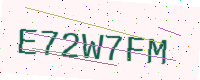
Text: E72W7FM